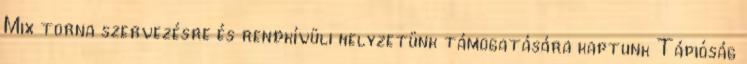
Mix torna szervezésre és rendkívüli helyzetünk támogatására kaptunk Tápióság